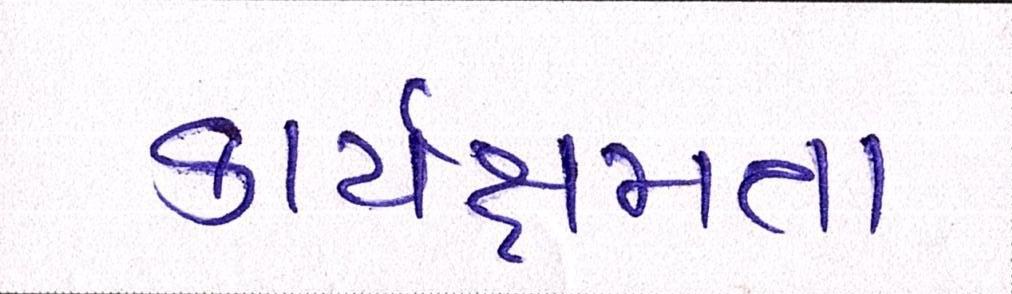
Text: કાર્યક્ષમતા